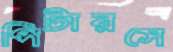
পিটারসে